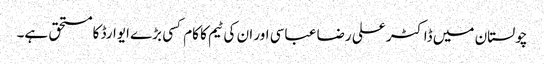
چولستان میں ڈاکٹر علی رضا عباسی اور ان کی ٹیم کا کام کسی بڑے ایوارڈ کا مستحق ہے۔